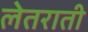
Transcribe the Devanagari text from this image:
लेतराती